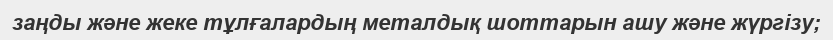
заңды және жеке тұлғалардың металдық шоттарын ашу және жүргізу;